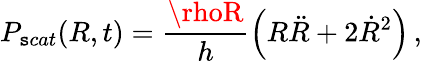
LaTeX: P_{\mathtt{s}cat}(R,t)=\frac{{\rhoR}}{{h}}\left(R\ddot{{R}}+2\dot{{R}}^{2}\right)\, ,